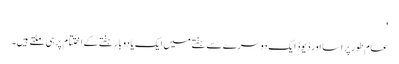
'
عام طور پر اسا اور ڈیوڈ ایک دوسرے سے ہفتے میں ایک یا دو بار ہفتے کے اختتام پر ہی ملتے ہیں۔